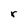
Character: r